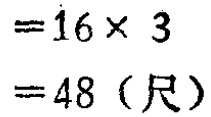
\[

\begin{align*}

&=16\times 3\\

&=48 \text{（尺）}

\end{align*}

\]